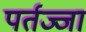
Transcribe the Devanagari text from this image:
पर्तज्जा